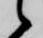
候